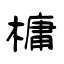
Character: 槦